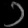
Digit: ၁